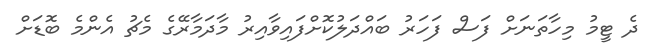
ދެ ޓީމު މިހާތަނަށް ފަސް ފަހަރު ބައްދަލުކޮށްފައިވާއިރު މާދަމާރޭގެ މެޗު އެންމެ ބޮޑަށް